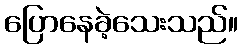
ပြောနေခဲ့သေးသည်။